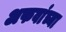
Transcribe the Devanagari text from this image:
अफवांच्या